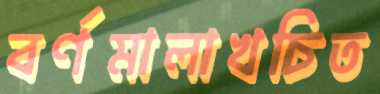
বর্ণমালাখচিত